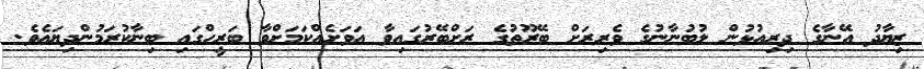
ޒިޔާދު އޭނާގެ ދިރިއުޅުން ލުބުނާނުގެ ވެރިރަށް ބޭރޫތުގެ ރަށްބޭރުގައިވާ އަވަށެއްކަމަށްވާ ބަރީހްގައި ބިނާކުރަމުންދިޔައެވެ.